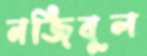
নজিবুল